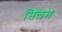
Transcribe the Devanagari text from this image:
सिलम